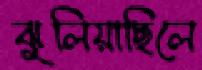
ঝুলিয়াছিলে